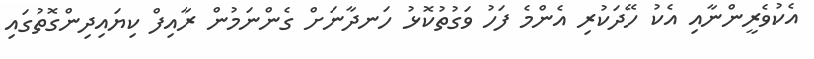
އެކުވެރީންނާއި އެކު ހޭދަކުރި އެންމެ ފަހު ވަގުތުކޮޅު ހަނދާނަށް ގެންނަމުން ރާއިފް ކިޔައިދިންގޮތުގައި